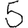
Digit: 5